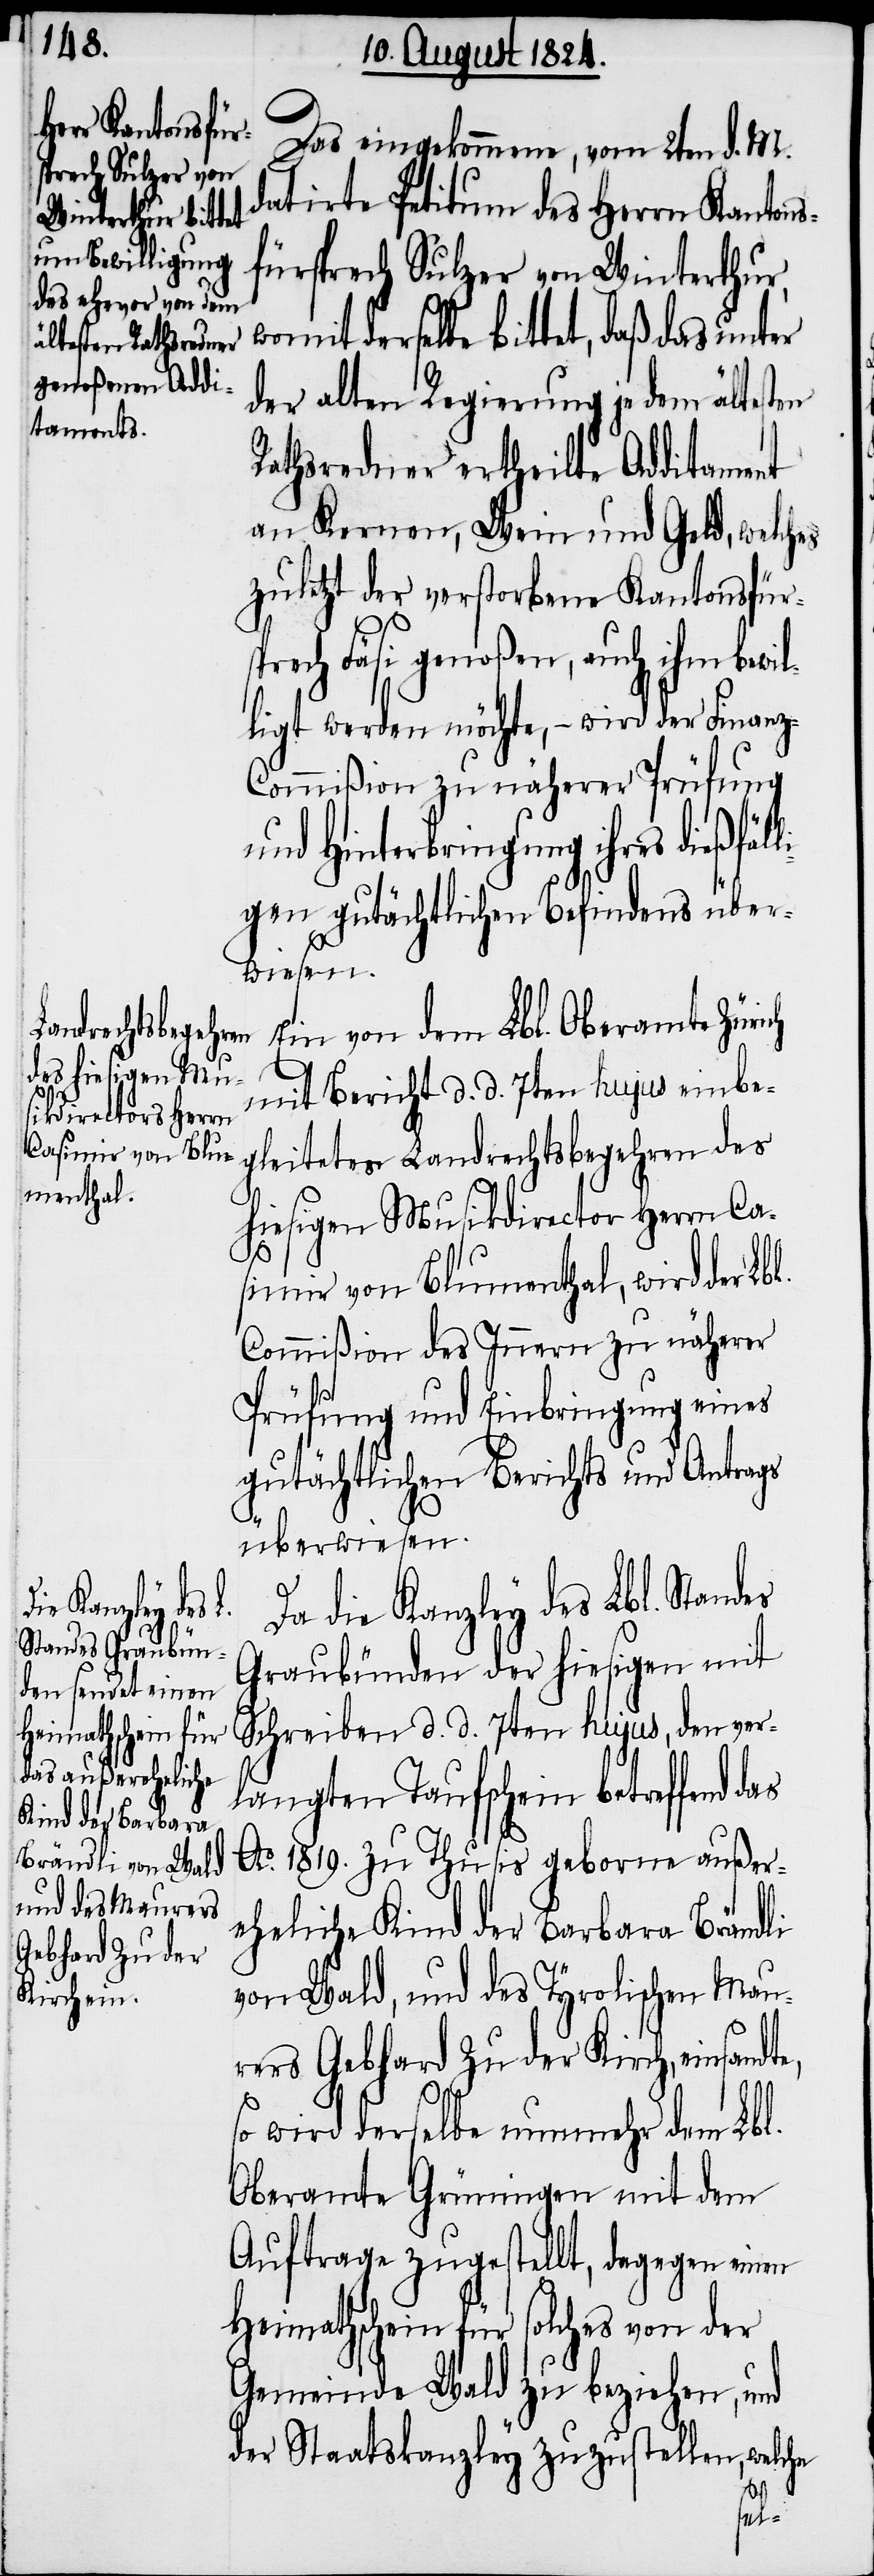
ch

Das eingekommene, vom 2ten d. M.
datirte Petitum des Herrn Kantons¬
fürsprech Sulzer von Winterthur,
womit derselbe bittet, daß das unter
der alten Regierung je dem ältesten
Rathsredner ertheilte Additament
an Kernen, Wein und Geld, welches
zuletzt der verstorbene Kantonsfür¬
sprech Fäsi genoßen, auch ihm bewil¬
ligt werden möchten, – wird der Finanz-C¬
ommißion zu näherer Prüfung
und Hinterbringung ihres dießfäl¬
gen gutächtlichen Befindens über¬
wiesen.
Ein von dem Lbl. Oberamte Züri¬
mit Bericht d. d. 7ten hujus einbe¬
gleitetes Landrechtsbegehren des
hiesigen Musikdirector Herrn Ca¬
simir von Blumenthal, wird der
Commißion des Innern zu näherer
Prüfung und Einbringung eines
gutächtlichen Berichts und Antrags
überwiesen.
Da die Kanzley des Lbl. Standes
Graubünden der hiesigen mit
Schreiben d. d. 7ten hujus, den ver¬
langten Taufschein betreffend
Ao. 1819. zu Thusis geborne außer¬
eheliche Kind der Barbara Brändli
von Wald, und des Tyrolischen Mau¬
rers Gebhard Zu der Kirch, einsandt¬
e,
so wird derselbe nunmehr dem Lbl.
Oberamte Grüningen mit dem
Auftrage zugestellt, dagegen einen
Heimathschein für solches von der
Gemeinde Wald zu beziehen, und
der Staatskanzley zuzustellen, welche